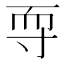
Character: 𱚠